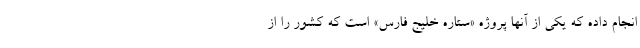
انجام داده که یکی از آنها پروژه «ستاره خلیج فارس» است که کشور را از